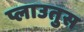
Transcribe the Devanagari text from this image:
प्लाउतुस